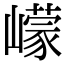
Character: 㠓